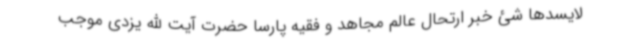
لایسدها شئ خبر ارتحال عالم مجاهد و فقیه پارسا حضرت آیت الله یزدی موجب